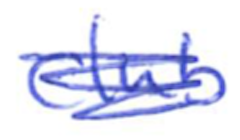
Text: club
Cross-out: scratch
Writing tool: ballpoint